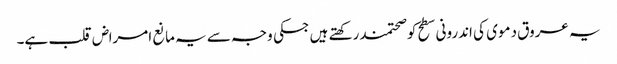
یہ عروق دموی کی اندرونی سطح کوصحتمند رکھتے ہیں جسکی وجہ سے یہ مانع امراض قلب ہے۔